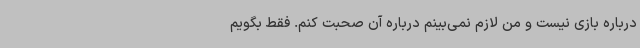
درباره بازی نیست و من لازم نمی‌بینم درباره آن صحبت کنم. فقط بگویم